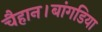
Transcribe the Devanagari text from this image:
चैहान।बांगडिया